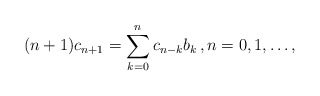
\begin{align*}(n+1)c_{n+1} = \sum_{k=0}^n c_{n-k}b_k\,,n=0,1,\ldots,\end{align*}